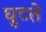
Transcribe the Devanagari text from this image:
घुटते